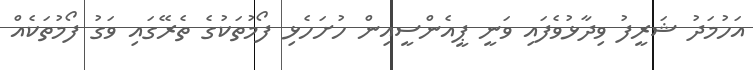
އަހުމަދު ޝަރީފު ވިދާޅުވެފައި ވަނީ ޕީއެންސީއިން ހުށަހެޅި ފޯމުތަކުގެ ތެރޭގައި ވަގު ފޯމުތަކެއް